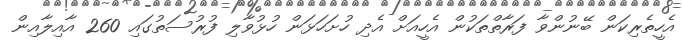
އެހީތެރިކަން ބޭނުންވާ ފަރާތްތަކުން އެހީއަށް އެދި ހުށަހަޅަން ހުޅުވާލި ފުރުސަތުގައި 260 އާއިލާއިން